Leaving Certificate Examination (including Day School Certificate (Higher) General paper), 1938
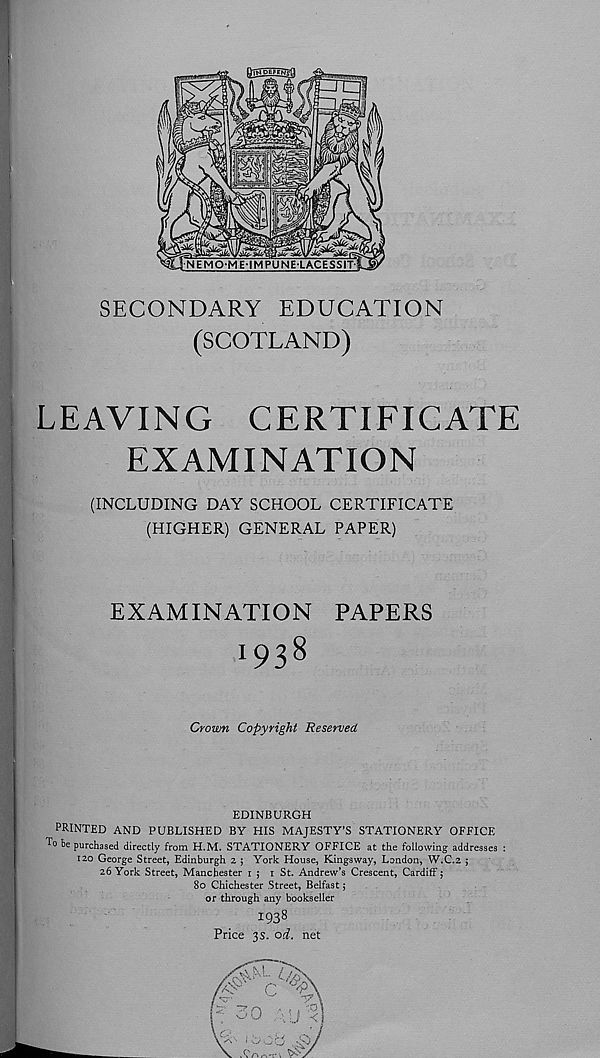
SECONDARY EDUCATION
(SCOTLAND)
LEAVING CERTIFICATE
EXAMINATION
(INCLUDING DAY SCHOOL CERTIFICATE
(HIGHER) GENERAL PAPER)
EXAMINATION PAPERS
1938
Crown Copyright Reserved
EDINBURGH
PRINTED AND PUBLISHED BY HIS MAJESTY’S STATIONERY OFFICE
To be purchased directly from H.M. STATIONERY OFFICE at the following addresses :
120 George Street, Edinburgh 2 ; York House, Kingsway, London, W.C.2 ;
26 York Street, Manchester i ; i St. Andrew’s Crescent, Cardiff $
80 Chichester Street, Belfast;
or through any bookseller
I93 8
Price 3 s. od. net